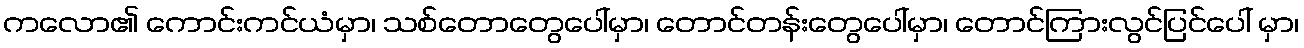
ကလော၏ ကောင်းကင်ယံမှာ၊ သစ်တောတွေပေါ်မှာ၊ တောင်တန်းတွေပေါ်မှာ၊ တောင်ကြားလွင်ပြင်ပေါ် မှာ၊